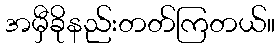
အမှီခိုနည်းတတ်ကြတယ်။